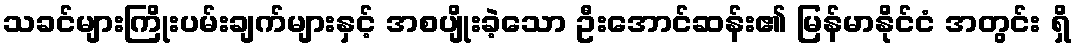
သခင်များကြိုးပမ်းချက်များနှင့် အစပျိုးခဲ့သော ဦးအောင်ဆန်း၏ မြန်မာနိုင်ငံ အတွင်း ရှိ